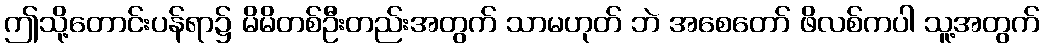
ဤသို့တောင်းပန်ရာ၌ မိမိတစ်ဦးတည်းအတွက် သာမဟုတ် ဘဲ အစေတော် ဖိလစ်ကပါ သူ့အတွက်